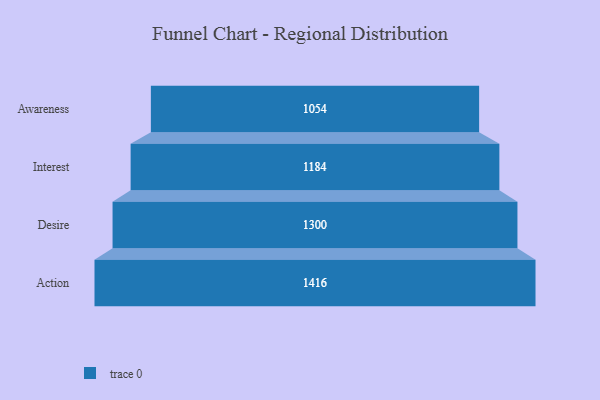
{"axis": {"x": "Stage", "y": "Value"}, "legend": [""], "data": [{"x": "Awareness", "y": 1054.0, "type": ""}, {"x": "Interest", "y": 1184.0, "type": ""}, {"x": "Desire", "y": 1300.0, "type": ""}, {"x": "Action", "y": 1416.0, "type": ""}]}